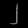
Digit: ၂